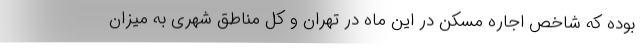
بوده که شاخص اجاره مسکن در این ماه در تهران و کل مناطق شهری به میزان